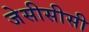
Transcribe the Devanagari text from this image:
जेसीसीसी